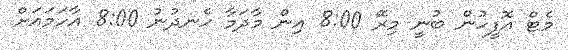
މެޓް އޮފީހުން ބުނީ މިރޭ 8:00 އިން މާދަމާ ހެނދުނު 8:00 އާހަމައަށް